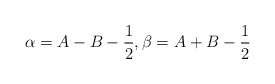
\begin{align*}\alpha=A-B-\frac{1}{2}, \beta=A+B-\frac{1}{2}\end{align*}